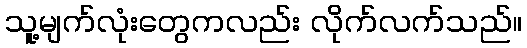
သူ့မျက်လုံးတွေကလည်း လိုက်လက်သည်။